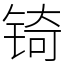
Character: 锜